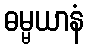
ဓမ္မယာနံ